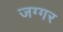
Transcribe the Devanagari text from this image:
जग्गर